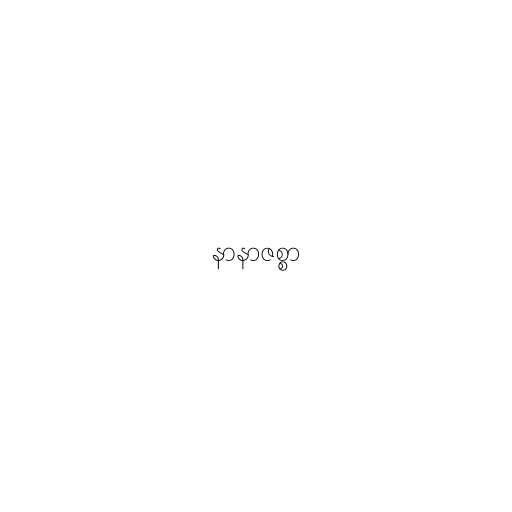
နာနာဇစ္စာ